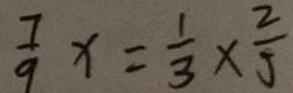
\frac { 7 } { 9 } x = \frac { 1 } { 3 } \times \frac { 2 } { 5 }